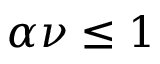
\alpha \nu \leq 1